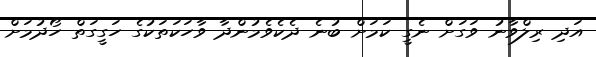
އަދި ރިލްވާނު ވަގަށް ނެގީ ކަމަށް ބުނެ ދެކެވެމުންދާ ވާހަކަތަކުގެ ހަގީގަތް ހޯދުމަށް